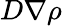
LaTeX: D\nabla\rho